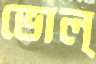
ভোল্‌